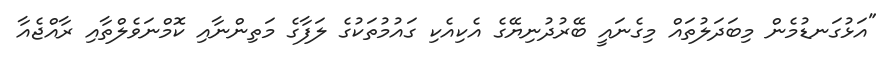
"އަޅުގަނޑުމެން މިބަދަލުތައް މިގެނައީ ބޭރުދުނިޔޭގެ އެކިއެކި ގައުމުތަކުގެ ލަފާގެ މަތިންނާއި ކޮމްނަވެލްތާއި ރާއްޖެއާ